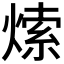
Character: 𤌘